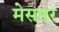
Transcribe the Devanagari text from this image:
मेसमर